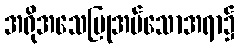
အရိုအသေပြုအပ်သောအရာ၌